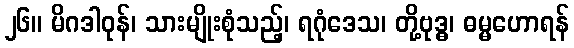
၂၆။ မိဂဒါဝုန်၊ သားမျိုးစုံသည့်၊ ရဂုံဒေသ၊ တို့ဗုဒ္ဓ၊ ဓမ္မဟောရန်